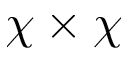
\chi \times \chi